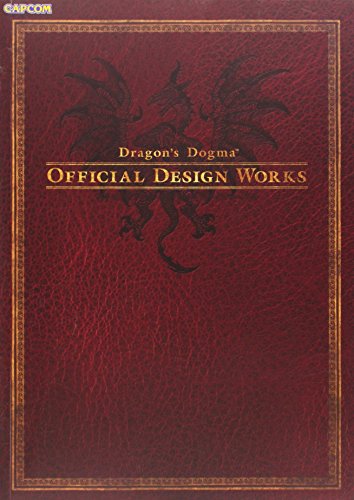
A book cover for Dragon's Dogma: Official Design Works; Capcom; Arts & Photography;